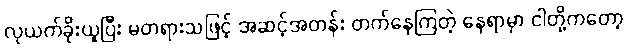
လုယက်ခိုးယူပြီး မတရားသဖြင့် အဆင့်အတန်း တက်နေကြတဲ့ နေရာမှာ ငါတို့ကတော့